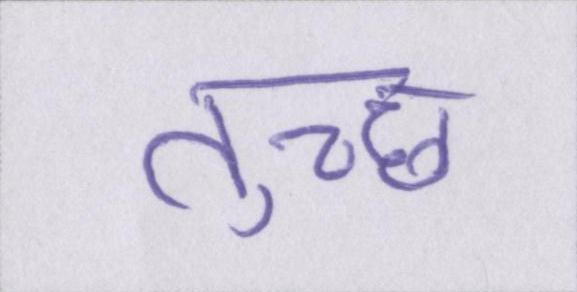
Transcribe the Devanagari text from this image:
तुच्छ